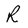
Character: R